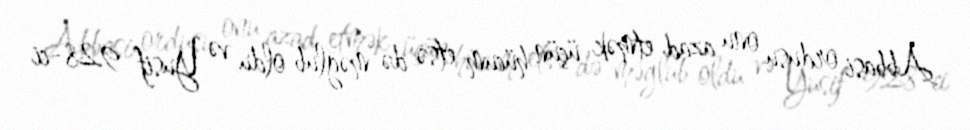
Abbasi ordusu onu azad etmək üçün hücum etsə də məğlub oldu və Yusif 928-ci